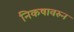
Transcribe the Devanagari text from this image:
निकषावरुन